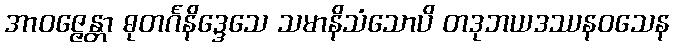
အာဝဇ္ဇေန္တာ ဓုတင်္ဂနိဒ္ဒေသေ သမာနိသံသောပိ တဒုဘယဒဿနဝသေန